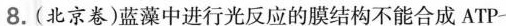
8.(北京卷)蓝藻中进行光反应的膜结构不能合成ATP